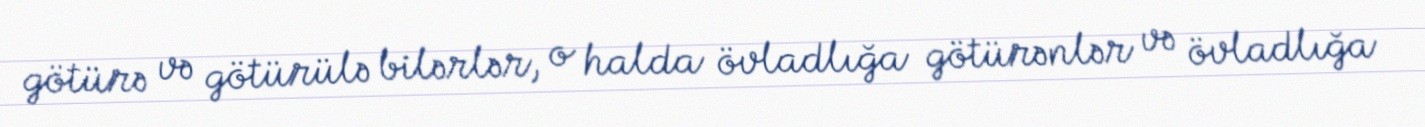
götürə və götürülə bilərlər, o halda övladlığa götürənlər və övladlığa